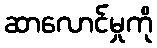
ဆာလောင်မှုကို